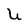
Character: U